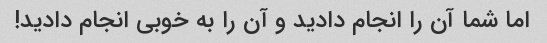
اما شما آن را انجام دادید و آن را به خوبی انجام دادید!